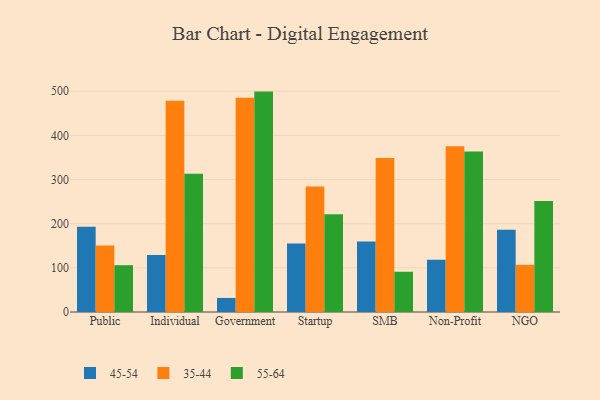
{"axis": {"x": "Segment", "y": "Production Output"}, "legend": ["35-44", "45-54", "55-64"], "data": [{"x": "Public", "y": 193.0, "type": "45-54"}, {"x": "Public", "y": 150.7, "type": "35-44"}, {"x": "Public", "y": 106.0, "type": "55-64"}, {"x": "Individual", "y": 129.1, "type": "45-54"}, {"x": "Individual", "y": 478.3, "type": "35-44"}, {"x": "Individual", "y": 312.8, "type": "55-64"}, {"x": "Government", "y": 31.8, "type": "45-54"}, {"x": "Government", "y": 484.8, "type": "35-44"}, {"x": "Government", "y": 499.0, "type": "55-64"}, {"x": "Startup", "y": 155.1, "type": "45-54"}, {"x": "Startup", "y": 284.4, "type": "35-44"}, {"x": "Startup", "y": 221.1, "type": "55-64"}, {"x": "SMB", "y": 159.6, "type": "45-54"}, {"x": "SMB", "y": 348.5, "type": "35-44"}, {"x": "SMB", "y": 91.1, "type": "55-64"}, {"x": "Non-Profit", "y": 118.3, "type": "45-54"}, {"x": "Non-Profit", "y": 375.5, "type": "35-44"}, {"x": "Non-Profit", "y": 363.4, "type": "55-64"}, {"x": "NGO", "y": 186.5, "type": "45-54"}, {"x": "NGO", "y": 106.8, "type": "35-44"}, {"x": "NGO", "y": 251.5, "type": "55-64"}]}